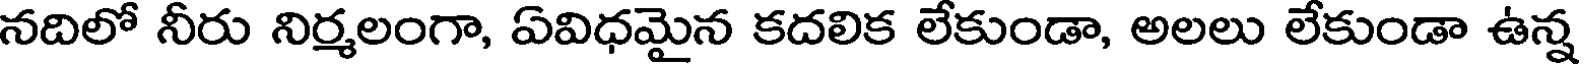
నదిలో నీరు నిర్మలంగా, ఏవిధమైన కదలిక లేకుండా, అలలు లేకుండా ఉన్న